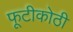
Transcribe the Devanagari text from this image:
फूटीकोठी